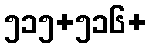
၅၁၅+၅၁၆+